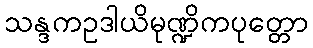
သန္ဒကဥဒါယိမုဏ္ဍိကပုတ္တော